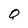
Character: Q